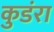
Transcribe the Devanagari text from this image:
कुडंरा